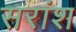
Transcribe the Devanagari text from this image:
सरांश